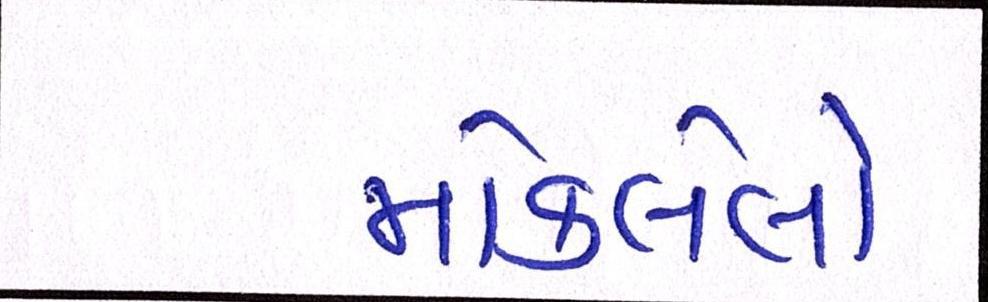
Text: મોકલેલો